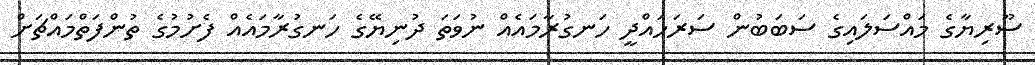
ސޫރިޔާގެ މައްސަލައިގެ ސަބަބުން ސަރަހައްދީ ހަނގުރާމައެއް ނުވަތަ ދުނިޔޭގެ ހަނގުރާމައެއް ފެށުމުގެ ތުންފަތްމައްޗަށް